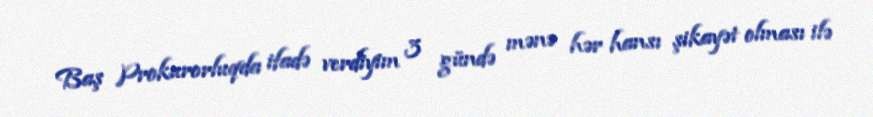
Baş Prokurorluqda ifadə verdiyim 3 gündə mənə hər hansı şikayət olması ilə